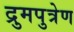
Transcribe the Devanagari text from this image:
द्रुमपुत्रेण